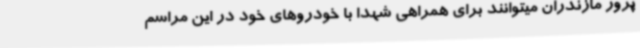
پرور مازندران میتوانند برای همراهی شهدا با خودروهای خود در این مراسم